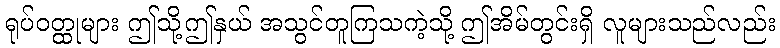
ရုပ်ဝတ္ထုများ ဤသို့ဤနှယ် အသွင်တူကြသကဲ့သို့ ဤအိမ်တွင်းရှိ လူများသည်လည်း